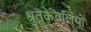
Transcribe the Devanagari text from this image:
श्रुतकेवलियों